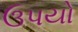
ઉપયો